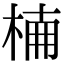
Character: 𣔎